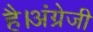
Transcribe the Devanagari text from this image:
है।अंग्रेजी